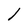
Character: l